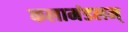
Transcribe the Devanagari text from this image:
कलामंडलम्‌